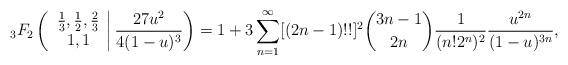
LaTeX: \begin{align*}_3F_2\left(\left.\begin{array}{c}\frac{1}{3},\frac{1}{2},\frac{2}{3} \\1,1 \\\end{array}\right|\frac{27u^{2}}{4(1-u)^{3}}\right)=1+3\sum_{n=1}^\infty[(2n-1)!!]^2{3n-1\choose2n}\frac{1}{(n!2^n)^2}\frac{u^{2n}}{(1-u)^{3n}},\end{align*}